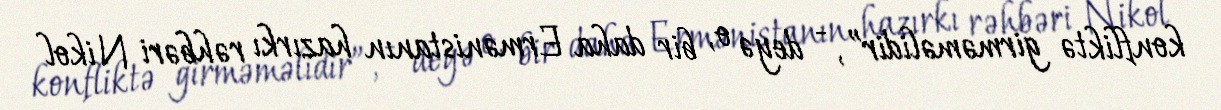
konfliktə girməməlidir”, - deyə o, bir daha Ermənistanın hazırkı rəhbəri Nikol